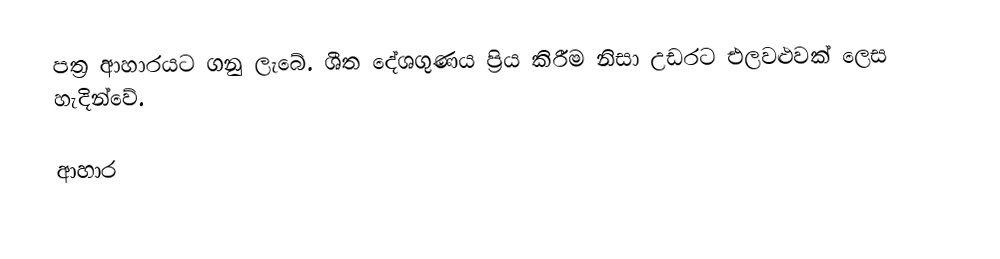
පත්‍ර ආහාරයට ගනු ‍ලැබේ. ශීත දේශගුණය ප්‍රිය කිරීම නිසා උඩරට එලවළුවක් ලෙස හැදින්වේ.

ආහාර